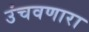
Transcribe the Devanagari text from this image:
उंचवणारा